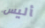
أليس